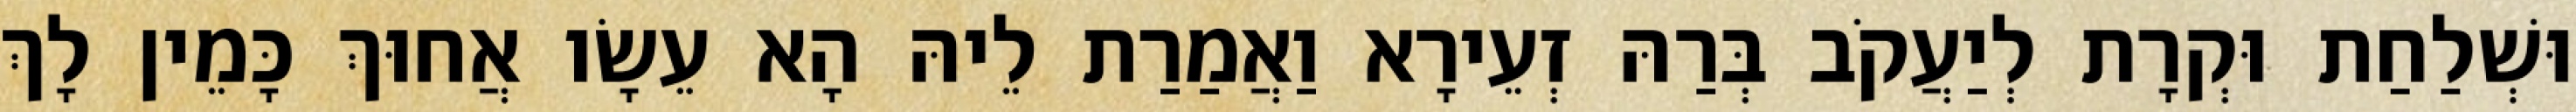
וּשְׁלַחַת וּקְרָת לְיַעֲקֹב בְּרַהּ זְעֵירָא וַאֲמַרַת לֵיהּ הָא עֵשָׂו אֲחוּךְ כָּמֵין לָךְ